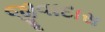
જીવાદાસ